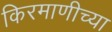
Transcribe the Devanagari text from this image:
किरमाणीच्या